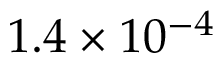
1 . 4 \times 1 0 ^ { - 4 }